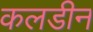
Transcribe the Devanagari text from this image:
कलडीन